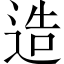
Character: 造